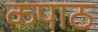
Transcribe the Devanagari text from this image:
कपाठ